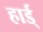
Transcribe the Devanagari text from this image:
हार्ड्